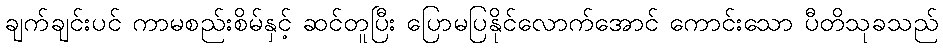
ချက်ချင်းပင် ကာမစည်းစိမ်နှင့် ဆင်တူပြီး ပြောမပြနိုင်လောက်အောင် ကောင်းသော ပီတိသုခသည်